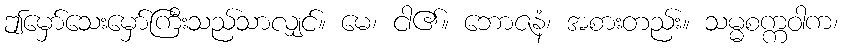
ဤမှော်သေးမှော်ကြီးသည်သာလျှင်။ မေ၊ ငါ၏။ ဘောဇနံ၊ အစားတည်း။ သမ္မစက္ကဝါက၊